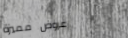
عروض مميزة